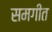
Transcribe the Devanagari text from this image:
समगीत